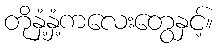
တိုနှံ့နှံ့ကလေးတွေနှင့်။